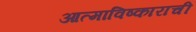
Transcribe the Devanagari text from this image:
आत्माविष्काराची